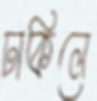
ঢাকিলে